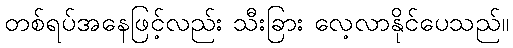
တစ်ရပ်အနေဖြင့်လည်း သီးခြား လေ့လာနိုင်ပေသည်။